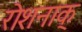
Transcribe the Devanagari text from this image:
रोशनाक्‌